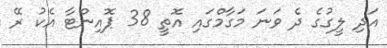
އަދި ލީގުގެ ދެ ވަނަ މަގާމްގައި އޮތީ 38 ޕޮއިންޓާ އެކު ރޭ